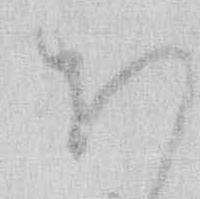
ほ